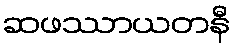
ဆဖဿာယတနီ